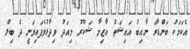
އެކަމަކު ބަންޑާރަ ނާއިބު އައިޝަތު އާޒިމާ ޝަކޫރު މިއަދު ވިދާޅުވެފައިވަނީ ދެ ބިލް